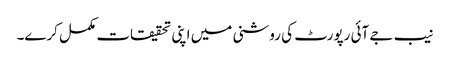
نیب جے آئی رپورٹ کی روشنی میں اپنی تحقیقات مکمل کرے۔